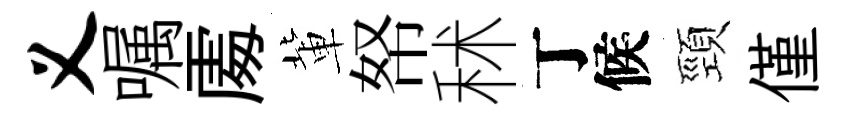
义嘱𠁅軰帑秫丁候頸僅